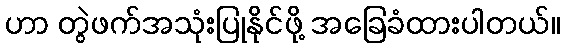
ဟာ တွဲဖက်အသုံးပြုနိုင်ဖို့ အခြေခံထားပါတယ်။